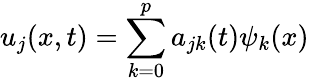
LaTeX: u_{j}(x,t)=\sum_{k=0}^{p}a_{jk}(t)\psi_{k}(x)